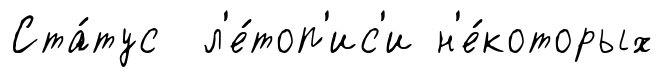
Ста́тус л'е́топ'ис'и н'е́которых